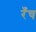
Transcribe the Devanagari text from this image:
रँच